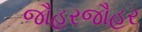
જૌહરજૌહર